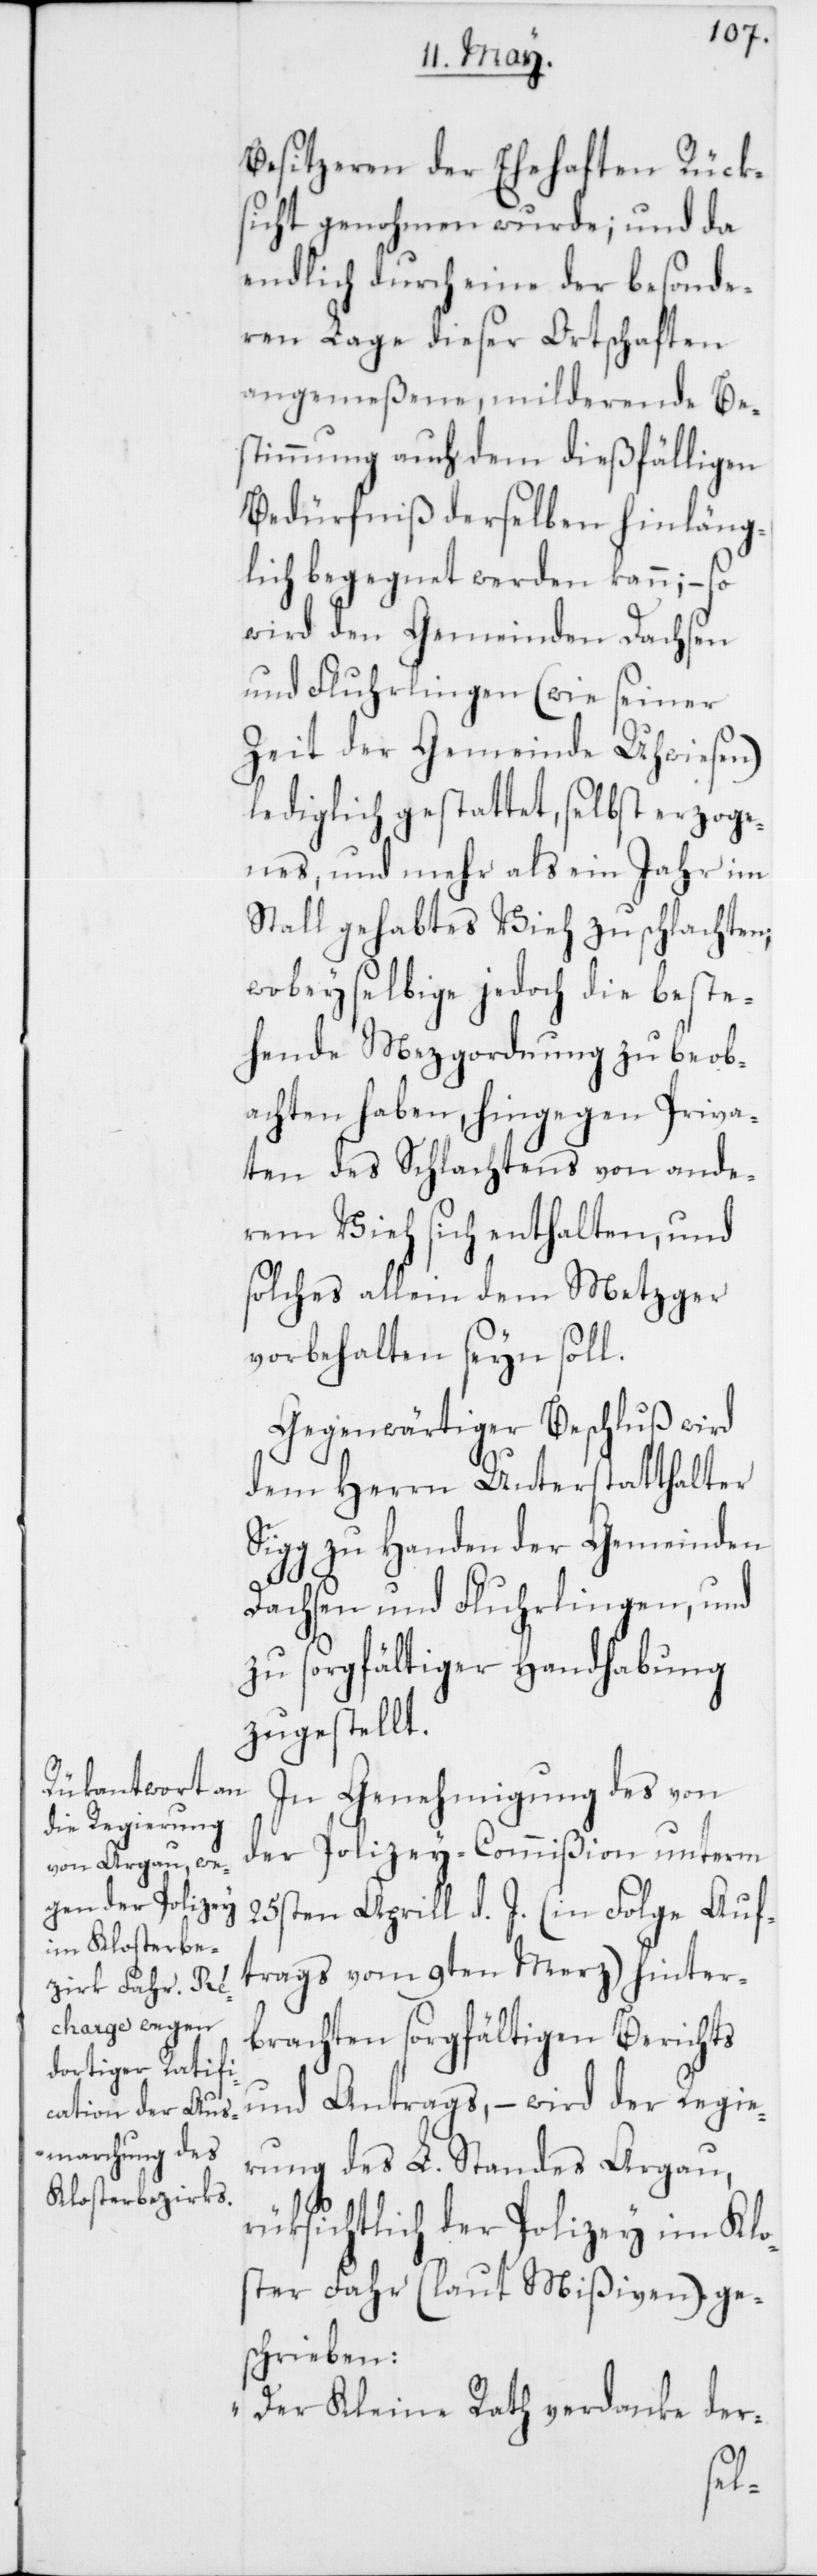
Besitzeren der Ehehaften Rück¬
sicht genohmen wurde; und da
endlich durch eine der besonde¬
ren Lage dieser Ortschaften
angemeßene, milderende Be¬
stimmung auch dem dießfälligen
Bedürfniß derselben hinläng¬
lich begegnet werden kann; – so
wird den Gemeinden Dachsen
und Fluhrlingen (wie seiner
Zeit der Gemeinde Uhwiesen)
lediglich gestattet, selbst erzoge¬
nes und mehr als ein Jahr im
Stall gehabtes Vieh zu schlachten;
wobey selbige jedoch die beste¬
hende Mezgordnung zu beob¬
achten haben, hingegen Priva¬
ten des Schlachtens von ande¬
rem Vieh sich enthalten, und
solches allein dem Metzger
vorbehalten seyn soll.
Gegenwärtiger Beschluß wird
dem Herrn Unterstatthalter
Sigg zu Handen der Gemeinden
Dachsen und Fluhrlingen, und
zu sorgfältiger Handhabung
zugestellt.
In Genehmigung des von
der Polizey-Commißion unterm
25sten Aprill d. J. (in Folge Auf¬
trags vom 9ten Merz) hinter¬
brachten sorgfältigen Berichts
und Antrags, – wird der Regie¬
rung des L. Standes Argau,
rüksichtlich der Polizey im Klo¬
ster Fahr (laut Mißiven) ge¬
schrieben:
„Der Kleine Rath verdanke der-